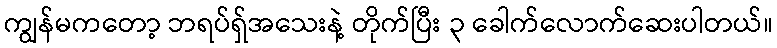
ကျွန်မကတော့ ဘရပ်ရှ်အသေးနဲ့ တိုက်ပြီး ၃ ခေါက်လောက်ဆေးပါတယ်။